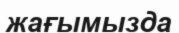
жағымызда